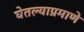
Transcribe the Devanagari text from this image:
घेतल्याप्रमाणे